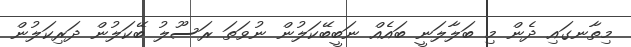
މިތާނގައި ދެން މި ބަލާލަނީ ބައެއް ނަބީބޭކަލުން ނުވަތަ ރަސޫލު ބޭކަލުން ދަރިކަލުން